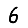
Digit: 6